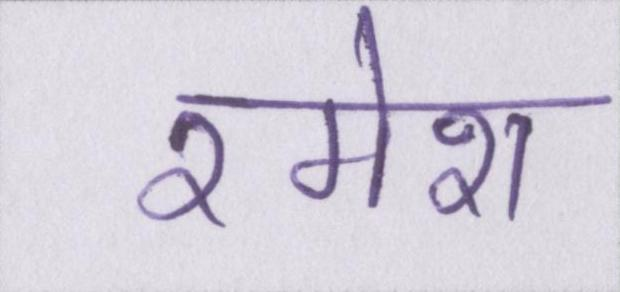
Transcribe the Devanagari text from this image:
रमेश